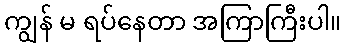
ကျွန် မ ရပ်နေတာ အကြာကြီးပါ။